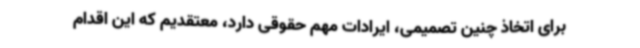
برای اتخاذ چنین تصمیمی، ایرادات مهم حقوقی دارد، معتقدیم که این اقدام